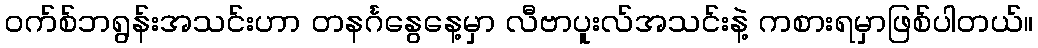
ဝက်စ်ဘရွန်းအသင်းဟာ တနင်္ဂနွေနေ့မှာ လီဗာပူးလ်အသင်းနဲ့ ကစားရမှာဖြစ်ပါတယ်။